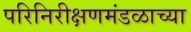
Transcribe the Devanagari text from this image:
परिनिरीक्षणमंडळाच्या